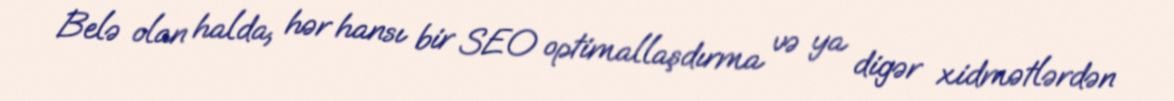
Belə olan halda, hər hansı bir SEO optimallaşdırma və ya digər xidmətlərdən